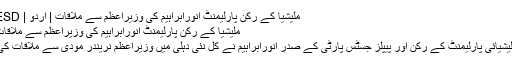
﻿ ملیشیا کے رکن پارلیمنٹ انورابراہیم کی وزیراعظم سے ملاقات | اردو | ESD
ملیشیا کے رکن پارلیمنٹ انورابراہیم کی وزیراعظم سے ملاقات
ملیشیائی پارلیمنٹ کے رکن اور پیپلز جسٹس پارٹی کے صدر انورابراہیم نے کل نئی دہلی میں وزیراعظم نریندر مودی سے ملاقات کی۔